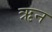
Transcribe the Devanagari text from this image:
ऋन